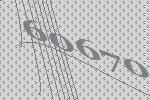
60670